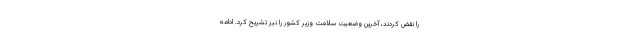
را نقض کردند، آخرین وضعیت سلامت وزیر کشور را نیز تشریح کرد. ادامه